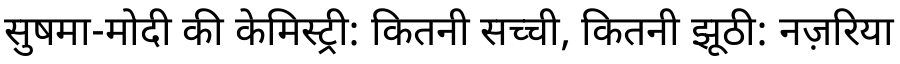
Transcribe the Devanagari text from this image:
सुषमा-मोदी की केमिस्ट्री: कितनी सच्ची, कितनी झूठी: नज़रिया